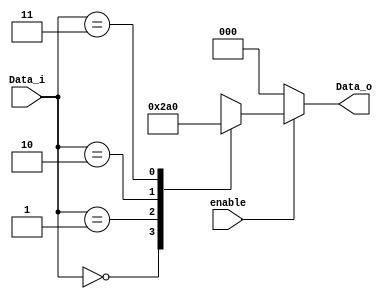
//==================================================================================================
//  Revision      :
//  Company       : Instituto Tecnologico de Costa Rica
//
//  Description   :
//
//
//==================================================================================================
`timescale 1ns / 1ps

module PriorityEncoder_CORDIC (
   input wire       enable,
   input wire [1:0] Data_i,
   output reg [2:0] Data_o
   );

   always @(*) begin
      if (~enable) begin
        Data_o <= 4'b000;
      end
      else begin
         case (Data_i)
            2'b00  : Data_o <= 4'b001;
            2'b01  : Data_o <= 4'b010;
            2'b10  : Data_o <= 4'b100;
            2'b11  : Data_o <= 4'b000;
           default : Data_o <= 4'b000;
         endcase
      end
   end


endmodule